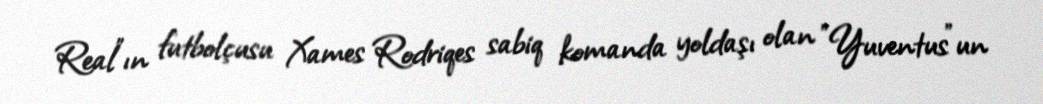
Real"ın futbolçusu Xames Rodriqes sabiq komanda yoldaşı olan "Yuventus"un